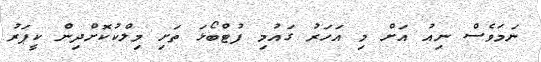
ނަމަވެސް ނިއު އަށް މި އަހަރު ގައުމި ފުޓްބޯޅަ ތަށި މިލްކުކޮށްދިން ކީޕަރު